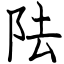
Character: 阹